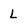
Character: L